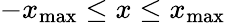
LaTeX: -x_{\textrm{max}}\leq x\leq x_{\textrm{max}}